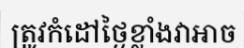
ត្រូវកំដៅថ្ងៃខ្លាំងវាអាច